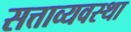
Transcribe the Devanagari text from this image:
सत्ताव्यवस्था